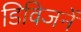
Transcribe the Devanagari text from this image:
डिविजनें